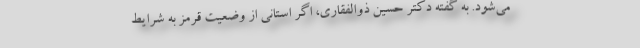
می‌شود. به گفته دکتر حسین ذوالفقاری، اگر استانی از وضعیت قرمز به شرایط